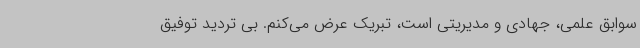
سوابق علمی، جهادی و مدیریتی است، تبریک عرض می‌کنم. بی تردید توفیق